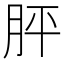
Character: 胓